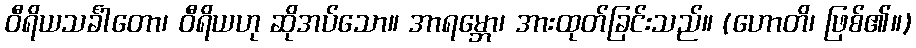
ဝီရိယသင်္ခါတော၊ ဝီရိယဟု ဆိုအပ်သော။ အာရမ္ဘော၊ အားထုတ်ခြင်းသည်။ (ဟောတိ၊ ဖြစ်၏။)